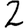
Digit: 2